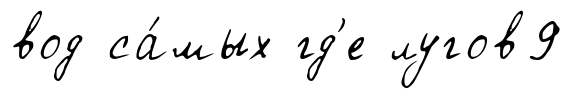
вод са́мых гд'е лугов9